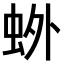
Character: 𫊰